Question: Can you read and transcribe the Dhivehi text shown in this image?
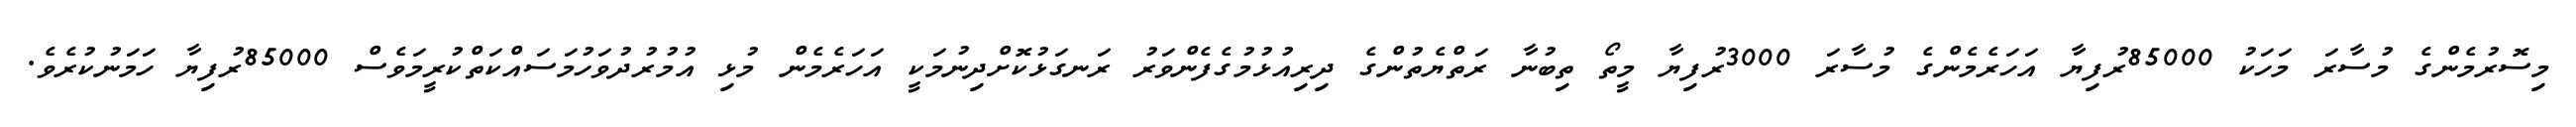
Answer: މިސޮރުމެންގެ މުސާރަ މަހަކު 85000ރުފިޔާ އަހަރެމެންގެ މުސާރަ 3000ރުފިޔާ މީތޯ ތިބުނާ ރަތްޔެތުންގެ ދިރިއުޅުމުގެފެންވަރު ރަނގަޅުކޮށްދިނުމަކީ އަހަރެމެން މުޅި އުމުރުދުވަހުމަސައްކަތްކުރީމަވެސް 85000ރުފިޔާ ހަމަނުކުރެވެ.